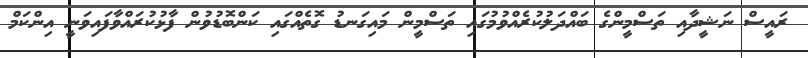
ރައީސް ނަޝީދާއި ތަސްމީންގެ ބައްދަލުކުރެއްވުމުގައި ތަސްމީން މައިގަނޑު ގޮތެއްގައި ކަންބޮޑުވުން ފާޅުކުރައްވާފައިވަނީ އިންކަމް